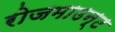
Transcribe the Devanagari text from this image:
रोजमाउन्ट